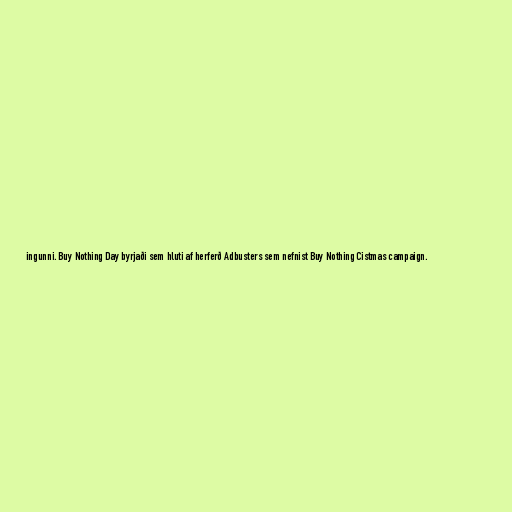
ingunni. Buy Nothing Day byrjaði sem hluti af herferð Adbusters sem nefnist Buy Nothing Cistmas campaign.